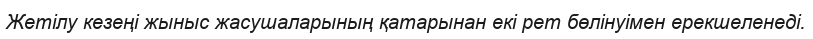
Жетілу кезеңі жыныс жасушаларының қатарынан екі рет бөлінуімен ерекшеленеді.